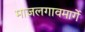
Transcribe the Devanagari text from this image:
माजलगावमार्गे